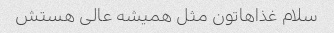
سلام غذاهاتون مثل همیشه عالی هستش